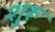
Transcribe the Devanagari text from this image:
शुरू